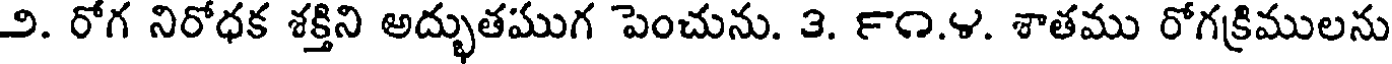
౨. రోగ నిరోధక శక్తిని అద్భుతముగ పెంచును. ౩. ౯౧.౪. శాతము రోగక్రిములను